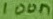
Text: 100n